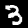
Digit: 3